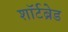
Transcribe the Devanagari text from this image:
शॉर्टब्रेड